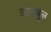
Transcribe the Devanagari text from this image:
काबबुल